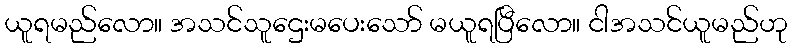
ယူရမည်လော။ အသင်သူဌေးမပေးသော် မယူရပြီလော။ ငါအသင်ယူမည်ဟု